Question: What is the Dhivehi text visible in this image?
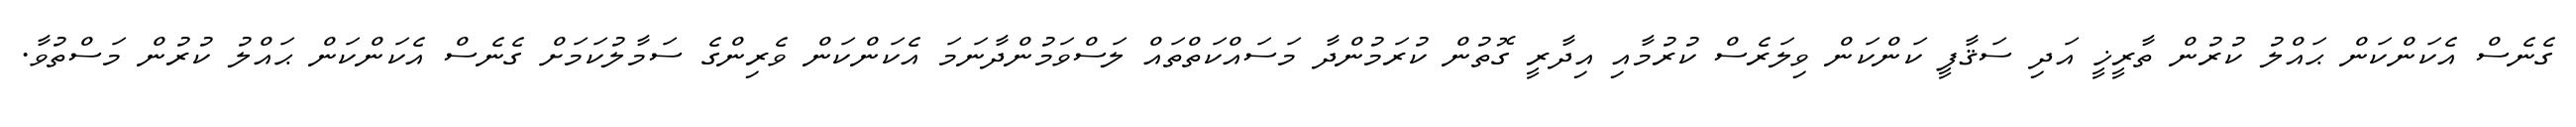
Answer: ގެނެސް އެކަންކަން ޙައްލު ކުރުން ތާރީޚީ އަދި ސަޤާފީ ކަންކަން ވިލަރެސް ކުރުމާއި އިދާރީ ގޮތުން ކުރަމުންދާ މަސައްކަތްތައް ލަސްވަމުންދާނަމަ އެކަންކަން ވެރިންގެ ސަމާލުކަމަށް ގެނެސް އެކަންކަން ޙައްލު ކުރުން މަސްތުވާ.